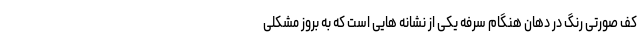
کف صورتی رنگ در دهان هنگام سرفه یکی از نشانه هایی است که به بروز مشکلی